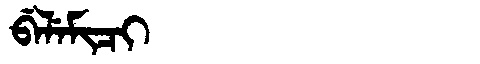
Manchu: ᠪᡝᠯᡝᠮᡳᠴᡳ
Romanization: BELEMICI